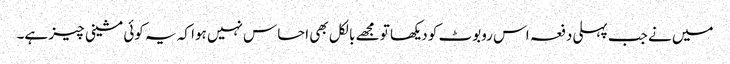
میں نے جب پہلی دفعہ اس روبوٹ کو دیکھا تو مجھے بالکل بھی احساس نہیں ہوا کہ یہ کوئی مشینی چیز ہے۔